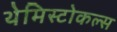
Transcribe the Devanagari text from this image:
थेमिस्टोकल्स